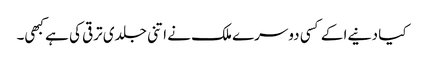
کیا دنیےا کے کسی دوسرے ملک نے اتنی جلدی ترقی کی ہے کبھی۔